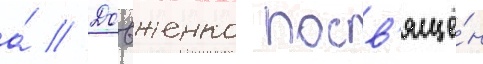
а́ // Довженко посв'ящё́н